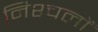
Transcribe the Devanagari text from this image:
निश्चलों